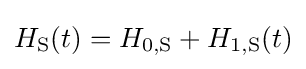
H_{\text{S}}(t)=H_{0,{\text{S}}}+H_{1,{\text{S}}}(t)